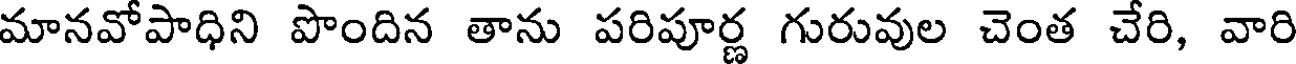
మానవోపాధిని పొందిన తాను పరిపూర్ణ గురువుల చెంత చేరి, వారి